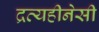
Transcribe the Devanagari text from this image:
द्रव्यहीनेसी